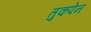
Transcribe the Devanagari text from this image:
तुकपेन